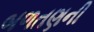
બળતણની